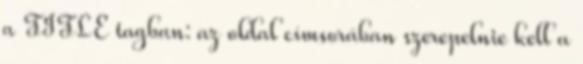
a TITLE tagban: az oldal címsorában szerepelnie kell a